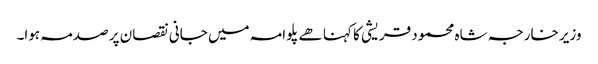
وزیر خارجہ شاہ محمود قریشی کا کہنا ھے پلوامہ میں جانی نقصان پر صدمہ ہوا۔